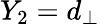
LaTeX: Y_{2}=d_{\perp}